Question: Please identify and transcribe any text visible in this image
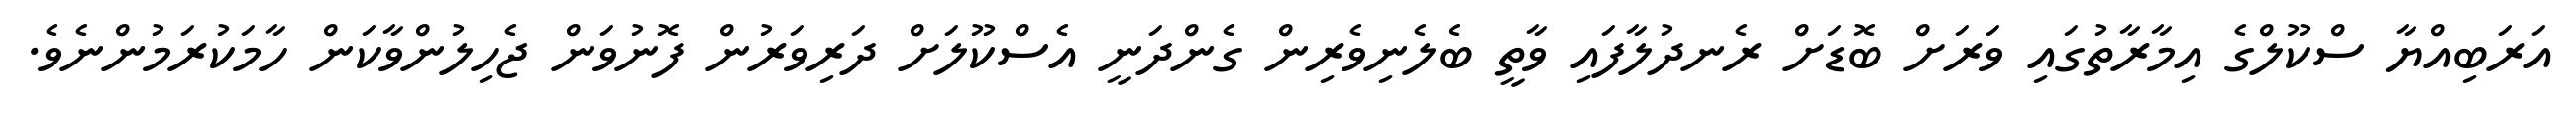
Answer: އަރަބިއްޔާ ސްކޫލްގެ އިމާރާތުގައި ވަރަށް ބޮޑަށް ރެނދުލާފައި ވާތީ ބެލެނިވެރިން ގެންދަނީ އެސްކޫލަށް ދަރިވަރުން ފޮނުވަން ޖެހިލުންވާކަން ހާމަކުރަމުންނެވެ.